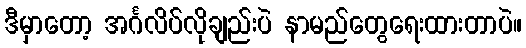
ဒီမှာတော့ အင်္ဂလိပ်လိုချည်းပဲ နာမည်တွေရေးထားတာပဲ။